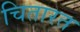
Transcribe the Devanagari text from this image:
चितारत